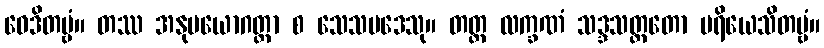
ဝေဒိတဗ္ဗံ။ တဿ အနုပယောဂတ္တာ စ သေသပဒေသု။ တတ္ထ လက္ခဏံ သဒ္ဒသတ္ထတော ပရိယေသိတဗ္ဗံ။